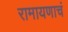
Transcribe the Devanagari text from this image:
रामायणाचं